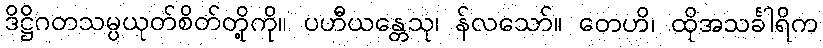
ဒိဋ္ဌိဂတသမ္ပယုတ်စိတ်တို့ကို။ ပဟီယန္တေသု၊ န်လသော်။ တေဟိ၊ ထိုအသင်္ခါရိက